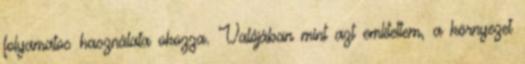
folyamatos használata okozza. Valójában mint azt említettem, a környezet